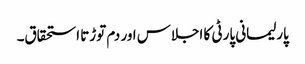
پارلیمانی پارٹی کا اجلاس اور دم توڑتا استحقاق۔